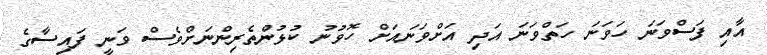
އާއި ފަސްވަނަ ހަވަނަ ހަތްވަނަ އަދި އަށްވަނައަށް ހޮވުނު ކުޅުންތެރިންނަށްވެސް ވަނީ ފައިސާގެ